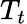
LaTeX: T_{t}